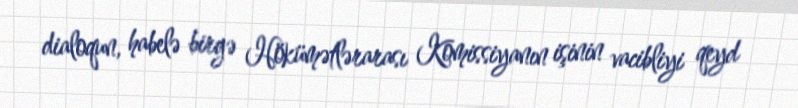
dialoqun, habelə birgə Hökümətlərarası Komissiyanın işinin vacibliyi qeyd